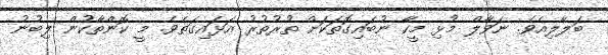
ބަލާލިއެވެ. ނަވާލް މުޅި މީހާ ނުބައިގޮތަކަށް ތުރުތުރު އަޅައިގަތެވެ. މީ ކޮންތާކުން ލިބުނު